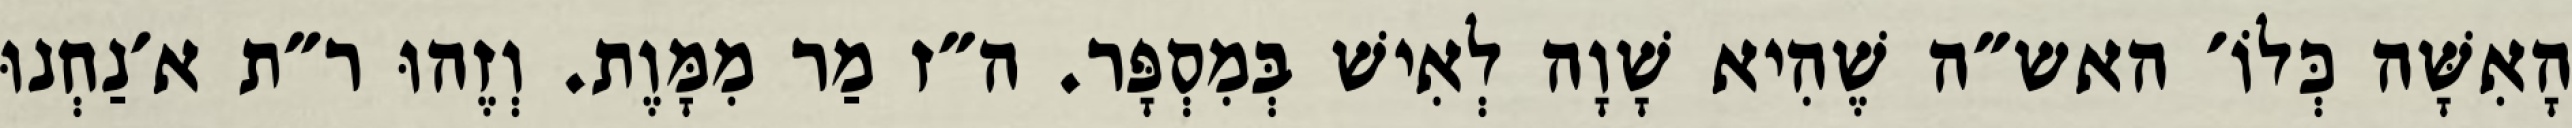
הָאִשָּׁה כְּלוֹ׳ האש״ה שֶׁהִיא שָׁוָה לְאִישׁ בְּמִסְפָּר. ה״ז מַר מִמָּוֶת. וְזֶהוּ ר״ת א׳נַחְנוּ